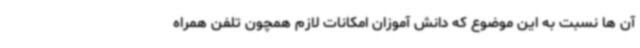
آن ها نسبت به این موضوع که دانش آموزان امکانات لازم همچون تلفن همراه